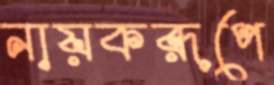
নায়করূপে